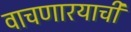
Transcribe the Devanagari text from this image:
वाचणारयाची